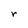
Character: r